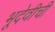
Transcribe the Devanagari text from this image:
भूदेवीची